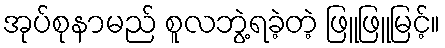
အုပ်စုနာမည် စူလဘွဲ့ရခဲ့တဲ့ ဖြူဖြူမြင့်။